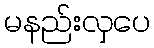
မနည်းလှပေ